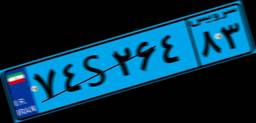
۷۴S۲۶۴۸۳